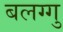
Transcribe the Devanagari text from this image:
बलग्गु